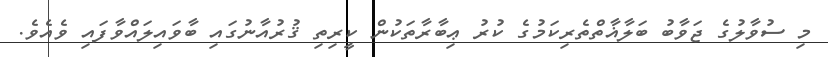
މި ސުވާލުގެ ޖަވާބު ބަލާޣާތްތެރިކަމުގެ ކުރު ޢިބާރާތަކުން ކީރިތި ޤުރުއާނުގައި ބާވައިލައްވާފައި ވެއެވެ.